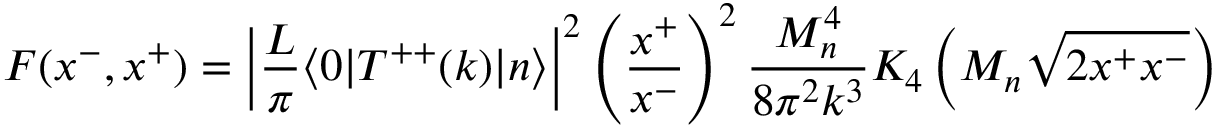
F ( x ^ { - } , x ^ { + } ) = \left| { \frac { L } { \pi } } \langle 0 | T ^ { + + } ( k ) | n \rangle \right| ^ { 2 } \left( { \frac { x ^ { + } } { x ^ { - } } } \right) ^ { 2 } { \frac { M _ { n } ^ { 4 } } { 8 \pi ^ { 2 } k ^ { 3 } } } K _ { 4 } \left( M _ { n } \sqrt { 2 x ^ { + } x ^ { - } } \right)